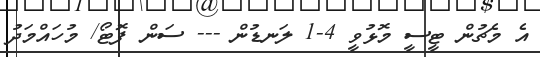
އެ މެޗުން ޓީސީ މޮޅުވީ 4-1 ލަނޑުން --- ސަން ފޮޓޯ/ މުހައްމަދު